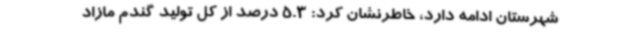
شهرستان ادامه دارد، خاطرنشان کرد: 5.3 درصد از کل تولید گندم مازاد